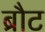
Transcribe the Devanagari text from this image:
ब्रौट